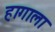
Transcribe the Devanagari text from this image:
हागाला